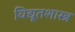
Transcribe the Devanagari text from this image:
विद्यूतशास्त्र